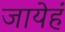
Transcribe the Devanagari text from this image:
जायेहं